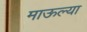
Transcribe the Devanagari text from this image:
माऊल्या